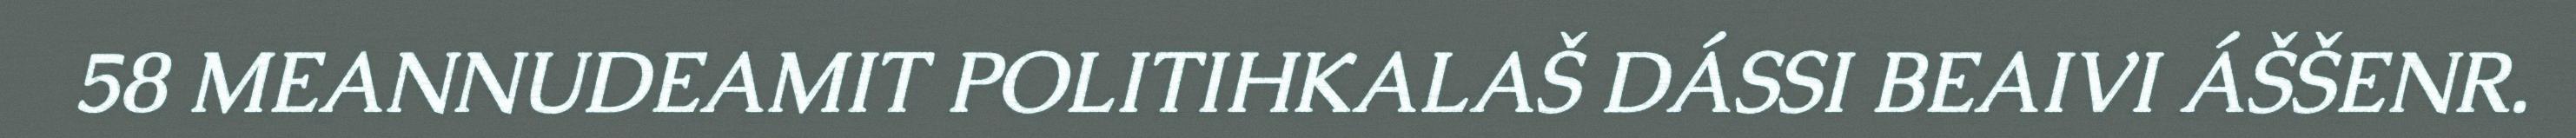
58 MEANNUDEAMIT POLITIHKALAŠ DÁSSI BEAIVI ÁŠŠENR.